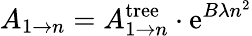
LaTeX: A_{1\to n}=A_{1\to n}^{\mathrm{tree}}\cdot\mathrm{e}^{B\lambda n^{2}}